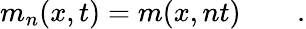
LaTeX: m_{n}(x,t)=m(x,nt)\qquad.